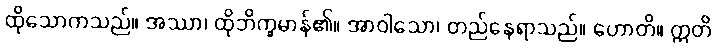
ထိုသောကသည်။ အဿာ၊ ထိုဘိက္ခမာန်၏။ အာဝါသော၊ တည်နေရာသည်။ ဟောတိ။ ဣတိ